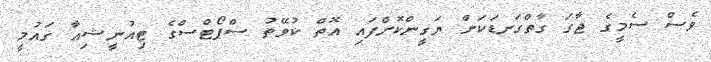
ވެސް ސެމީގެ ޖާގަ ގާތްގަނޑަކަށް ޔަގީންކޮށްފައި އޮތް ކުވޭތު ސްޕޯޓްސްގެ ޓިއުނީޝިއާ ގައުމީ